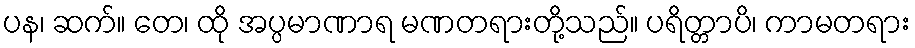
ပန၊ ဆက်။ တေ၊ ထို အပ္ပမာဏာရ မဏတရားတို့သည်။ ပရိတ္တာပိ၊ ကာမတရား